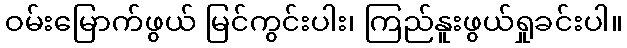
ဝမ်းမြောက်ဖွယ် မြင်ကွင်းပါး၊ ကြည်နူးဖွယ်ရှုခင်းပါ။